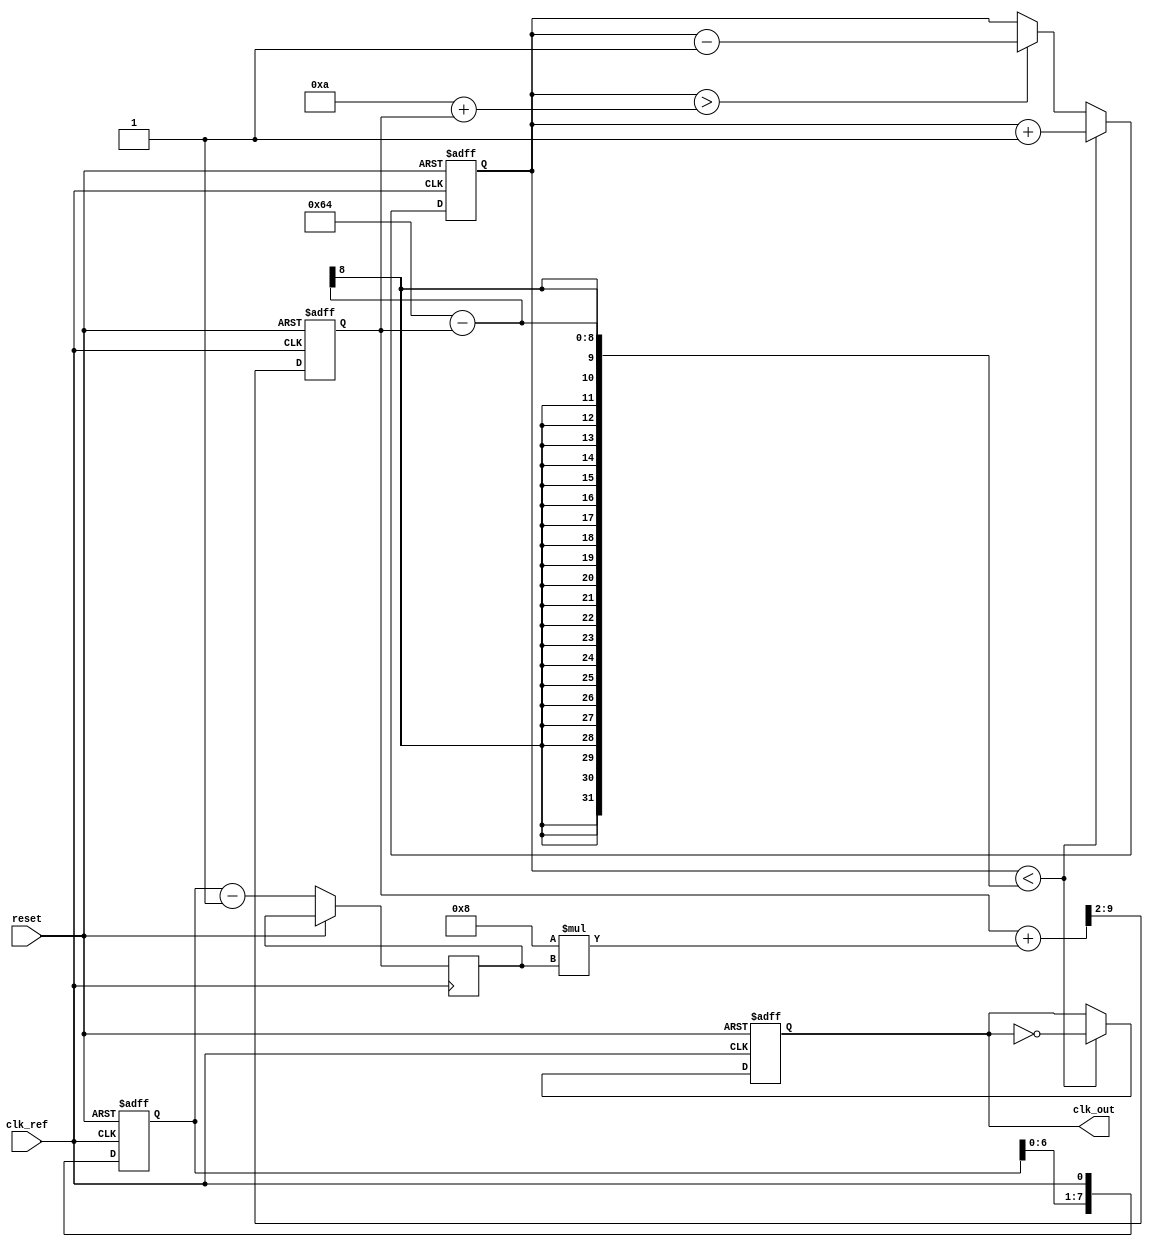
module ADPLL (
    input wire clk_ref,         // Reference clock input
    input wire reset,           // Active high reset
    output reg clk_out          // Output clock
);

// Parameters
parameter DIV_FACTOR = 4;      // Division factor for feedback path
parameter FILTER_GAIN_P = 8;   // Proportional gain for PI filter
parameter FILTER_GAIN_I = 2;    // Integral gain for PI filter
parameter VCO_MAX_FREQ = 100;   // Max frequency of VCO
parameter VCO_MIN_FREQ = 10;     // Min frequency of VCO

// Internal signals
reg [7:0] phase_error;          // Phase error signal
reg [15:0] control_signal;      // Control signal for VCO
reg [7:0] loop_filter;          // Output of the loop filter
reg [15:0] vco_counter;         // VCO frequency control counter
reg [1:0] state;                // State for control logic

// Memory block as a simple shift register to store phase information
reg [7:0] phase_memory;         // Store phase info

// Phase Detector
always @(posedge clk_ref or posedge reset) begin
    if (reset) begin
        phase_memory <= 0;
    end else begin
        // Simple phase detector logic (example)
        phase_error <= phase_memory - 1;  // This should be improved with actual phase comparison
        phase_memory <= {phase_memory[6:0], clk_ref}; // Shift register for phase memory
    end
end

// Loop Filter (PI Filter)
always @(posedge clk_ref or posedge reset) begin
    if (reset) begin
        loop_filter <= 0;
    end else begin
        // Simple PI filter calculation
        loop_filter <= (loop_filter + (FILTER_GAIN_P * phase_error)) >> 2; // Proportional part
        control_signal <= control_signal + (FILTER_GAIN_I * phase_error);    // Integral part
    end
end

// VCO (Voltage-Controlled Oscillator)
always @(posedge clk_ref or posedge reset) begin
    if (reset) begin
        vco_counter <= 0;
        clk_out <= 0;
    end else begin
        // VCO logic - frequency determined by control signal
        if (vco_counter < (VCO_MAX_FREQ - loop_filter)) begin
            clk_out <= ~clk_out;
            vco_counter <= vco_counter + 1;
        end else if (vco_counter > (VCO_MIN_FREQ + loop_filter)) begin
            vco_counter <= vco_counter - 1;
        end
    end
end

// Feedback Path (Divider)
reg [3:0] feedback_counter; // Feedback divider counter

always @(posedge clk_out) begin
    if (feedback_counter == DIV_FACTOR - 1) begin
        feedback_counter <= 0; // Reset feedback counter
    end else begin
        feedback_counter <= feedback_counter + 1;
    end
end

endmodule